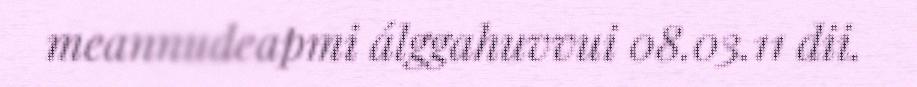
meannudeapmi álggahuvvui 08.03.11 dii.